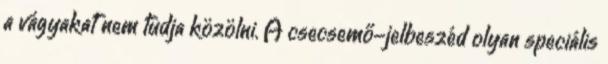
a vágyakat nem tudja közölni. A csecsemő-jelbeszéd olyan speciális